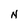
Character: N